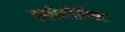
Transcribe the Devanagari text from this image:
एकोनौमिस्ट